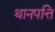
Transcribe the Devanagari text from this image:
थानपत्ति